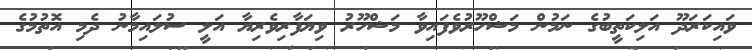
ވައިކަރަދޫ އަލިކަތީބުގެ ނަމުން މަޝްހޫރުވެފައިވާ މަޝްހޫރު ވިޔަފާރިވެރިޔާ އަލީ ސުލައިމާނު ދެމި އޮތުމުގެ